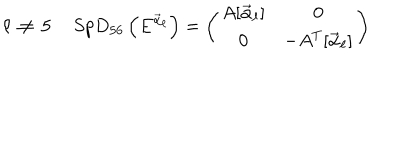
\ell \, \neq \, 5 \quad \, S p D _ { 5 6 } \left( E ^ { { \vec { \alpha } } _ { \ell } } \right) = \left( \begin{matrix} { { A [ { { \vec { \alpha } } _ { \ell } } ] } } & { { { \bf 0 } } } \\ { { { \bf 0 } } } & { { - A ^ { T } [ { { \vec { \alpha } } _ { \ell } } ] } } \\ \end{matrix} \right)